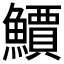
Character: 𫠎